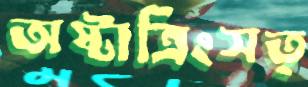
অষ্টাত্রিংসত্